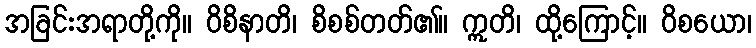
အခြင်းအရာတို့ကို။ ဝိစိနာတိ၊ စိစစ်တတ်၏။ ဣတိ၊ ထို့ကြောင့်။ ဝိစယော၊